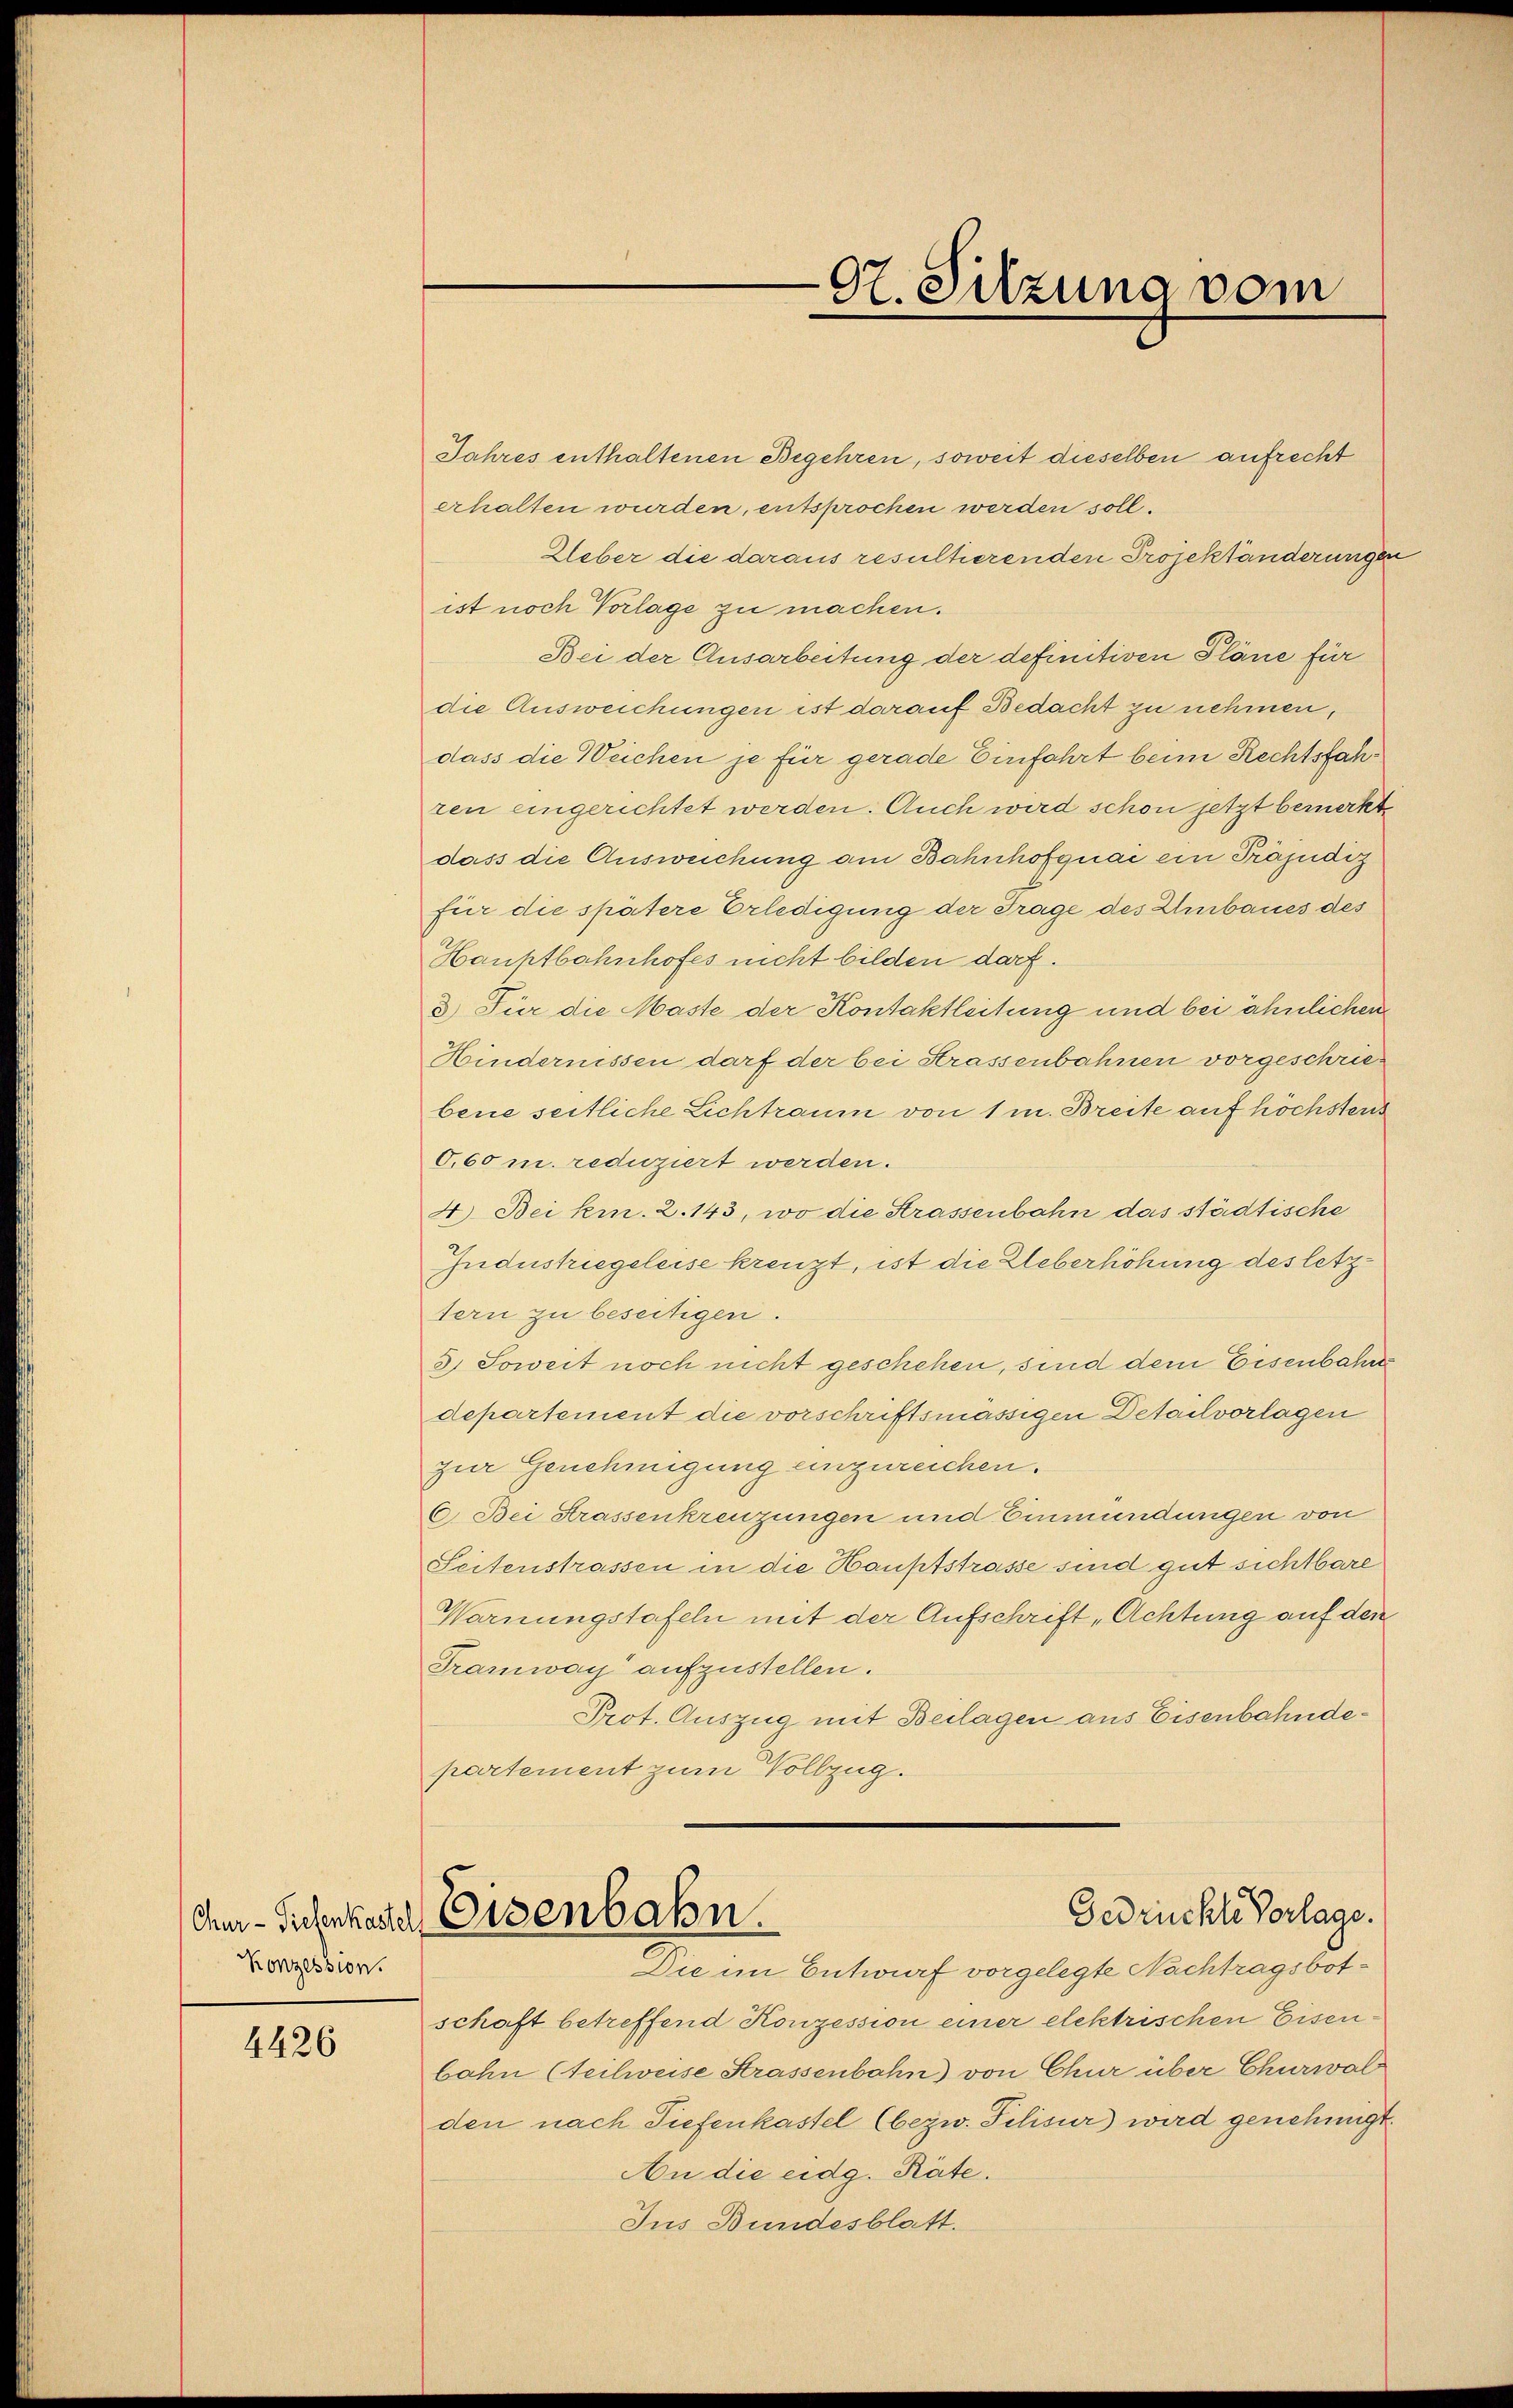
Konzession.

4426

Jahres enthaltenen Begehren, soweit dieselben aufrecht
erhalten wurden, entsprochen werden soll.
Ueber die daraus resultierenden Projektänderungen
ist noch Vorlage zu machen.
Bei der Ausarbeitung der definitiven Pläne für
die Ausweichungen ist darauf Bedacht zu nehmen,
dass die Weichen je für gerade Einfahrt beim Rechtsfahren eingerichtet werden. Auch wird schon jetzt bemerkte
dass die Ausweichung am Bahnhofquai ein Präjudiz
für die spätere Erledigung der Frage des Umbaues des
Hauptbahnhofes nicht bilden darf.
3) Für die Maste der Kontaktleitung und bei ähnlichen
Hindernissen darf der bei Strassenbahnen vorgeschriebene seitliche Lichtraum von 1 m. Breite auf höchstens
6,60 m. reduziert werden.
4) Bei kin. 2. 143, wo die Strassenbahn das städtische
Industriegeleise kreuzt, ist die Ueberhöhung des letztern zu beseitigen.
3) Soweit noch nicht geschehen, sind dem Eisenbahre
departement die vorschriftsmässigen Detailvorlagen
zur Genehmigung einzureichen.
6. Bei Strassenkreuzungen und Einmündungen von
Seitenstrassen in die Hauptstrasse sind gut sichtbare
Warnungstafeln mit der Aufschrift „Achtung auf den
Tramway aufzustellen.
Prot. Auszug mit Beilagen aus Eisenbahndepartement zum Vollzug.
Gedrückte Vorlage.
Am- Suchenkaster Eisenbahn.
Die im Entwurf vorgelegte Nachtragsbotschaft betreffend Konzession einer elektrischen Eisenbahn (teilweise Strassenbahn) von Chur über Churwal
den nach Tiefenkastel (bezw. Filisur) wird genehmigt.
An die eidg. Räte.
Jus Bundesblatt.

07. Sitzung vom